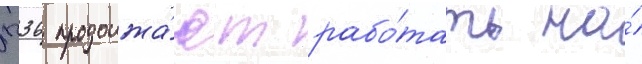
п36 продолжа́ют рабо́тать на́